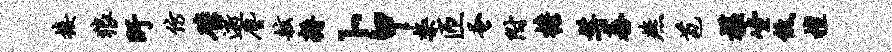
接狼盱仿璧逝尘舷耨卜甲禁匝蚤附檐髯蕃燕苞槛坐低檀